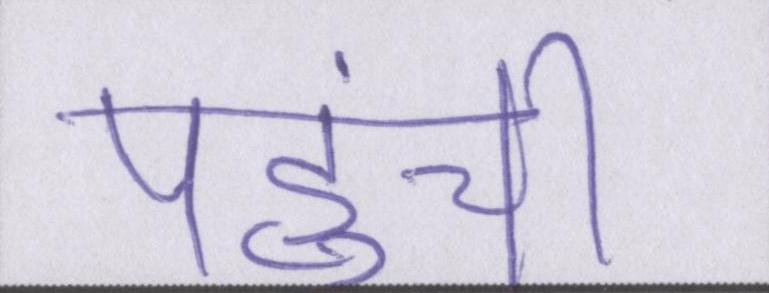
पहुंची।